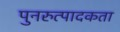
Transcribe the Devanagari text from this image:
पुनरुत्पादकता